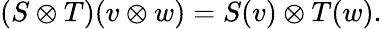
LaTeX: (S\otimes T)(v\otimes w)=S(v)\otimes T(w).